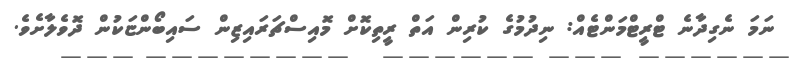
ނަމަ ނެގިދާނެ ޓްރީޓްމަންޓެއް: ނިދުމުގެ ކުރިން އަތް ރީތިކޮށް މޮއިސްޗަރައިޒިން ސައިބޯންޏަކުން ދޮވެލާށެވެ.